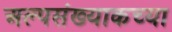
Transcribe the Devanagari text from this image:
अल्पसंख्याकच्या